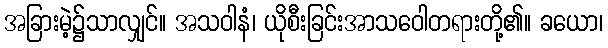
အခြားမဲ့၌သာလျှင်။ အသဝါနံ၊ ယိုစီးခြင်းအာသဝေါတရားတို့၏။ ခယော၊